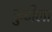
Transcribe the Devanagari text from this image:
कुटीला